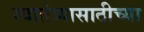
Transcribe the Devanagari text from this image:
स्वातंत्र्यासाठीच्या